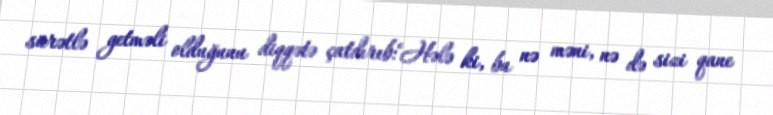
sürətlə getməli olduğunu diqqətə çatdırıb:"Hələ ki, bu nə məni, nə də sizi qane